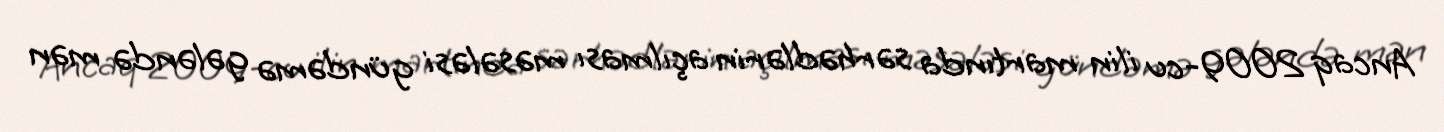
Ancaq 2009-cu ilin martında sərhədlərin açılması məsələsi gündəmə gələndə mən